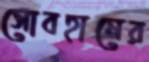
সোবহানের